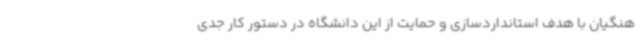
هنگیان با هدف استانداردسازی و حمایت از این دانشگاه در دستور کار جدی